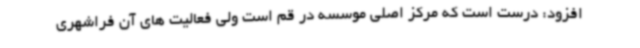
افزود: درست است که مرکز اصلی موسسه در قم است ولی فعالیت های آن فراشهری